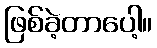
ဖြစ်ခဲ့တာပေါ့။